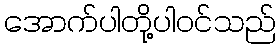
အောက်ပါတို့ပါဝင်သည်